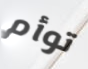
توأم